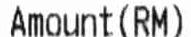
AMOUNT (RM)